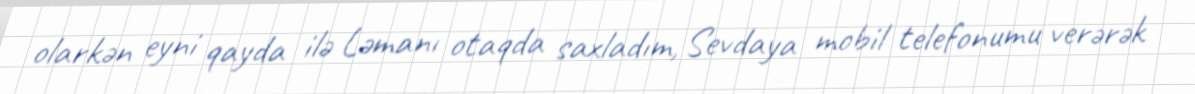
olarkən eyni qayda ilə Ləmanı otaqda saxladım, Sevdaya mobil telefonumu verərək